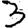
Digit: 3